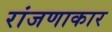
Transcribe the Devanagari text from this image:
रांजणाकार